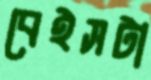
বেইসটা